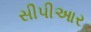
સીપીઆર